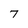
Character: 7